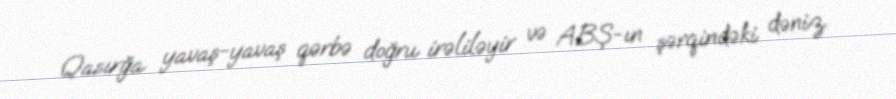
Qasırğa yavaş-yavaş qərbə doğru irəliləyir və ABŞ-ın şərqindəki dəniz